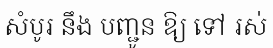
សំបូរ នឹង បញ្ជូន ឱ្យ ទៅ រស់